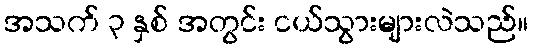
အသက် ၃ နှစ် အတွင်း ငယ်သွားများလဲသည်။